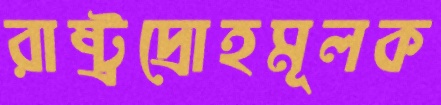
রাষ্ট্রদ্রোহমূলক